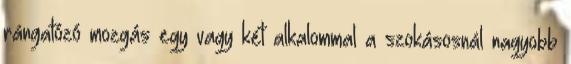
rángatózó mozgás egy vagy két alkalommal a szokásosnál nagyobb